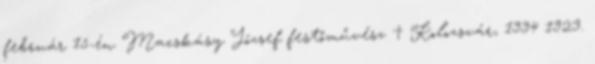
február 15-én Macskásy József festőművész † Kolozsvár, 1994 1923.